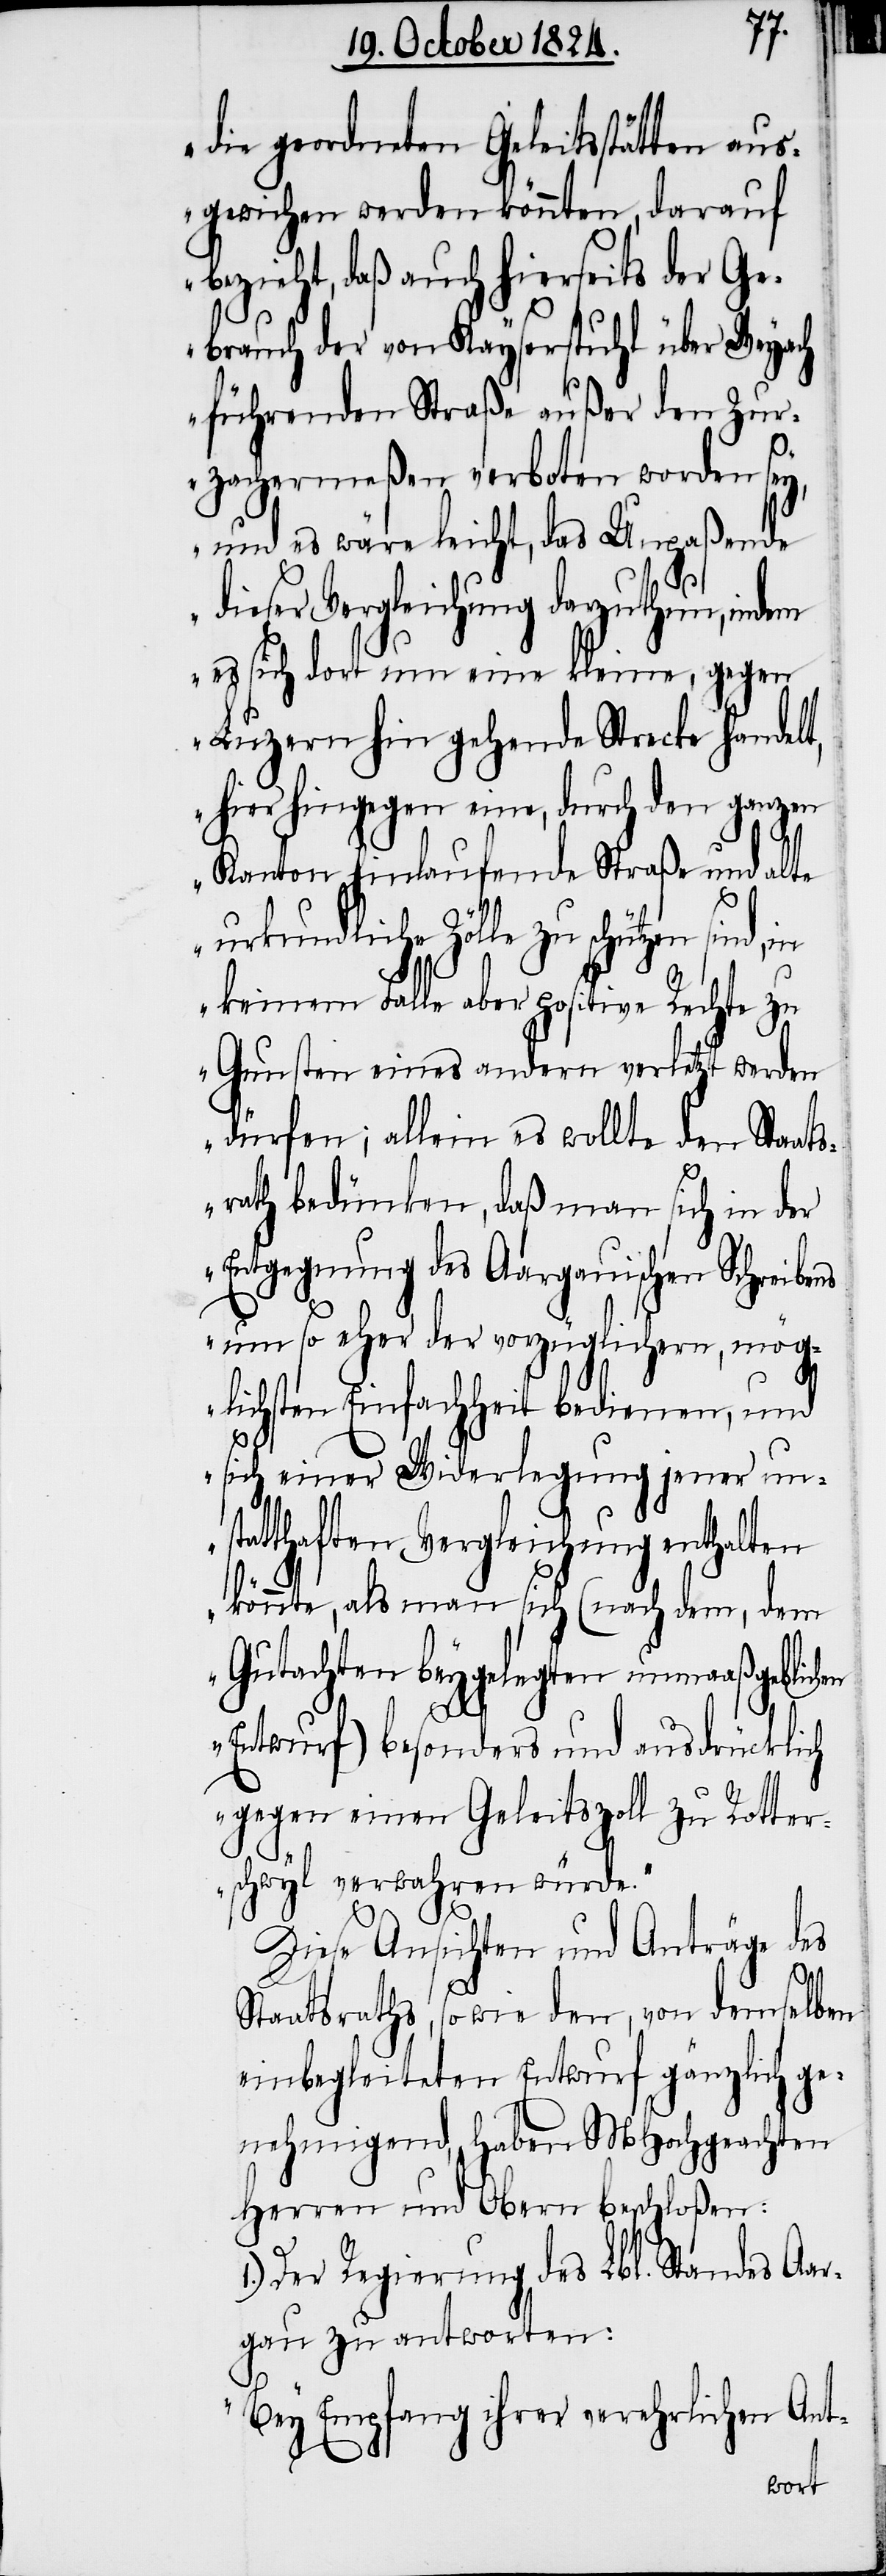
die geordneten Geleitsstätten aus¬
gewichen werden könnten, darauf
bezieht, daß auch hierseits der Ge¬
brauch der von Kayserstuhl über Weyach
führenden Straße außer den Zur¬
zachermeßen verboten worden sey,
und es wäre leicht, das Unpaßende
dieser Vergleichung darzuthun, indem
es sich dort um eine kleine, gegen
Luzern hin gehende Strecke handelt,
hier hingegen eine, durch den ganzen
Kanton hinlaufende Straße und alte
zu schützen sind, in
keinem Falle aber positive Rechte zu
Gunsten eines andern verletzt werden
dürfen; allein es wollte den Staats¬
rath bedünken, daß man sich in der
Entgegnung des Aargauischen Schreibens
um so eher der vorzüglichern, mög¬
lichsten Einfachheit bedienen, und
sich einer Widerlegung jener un¬
statthaften Vergleichung enthalten
könnte, als man sich (nach dem, dem
Gutachten beygelegten unmaaßgeblich¬
Entwurf) besonders und ausdrücklich
gegen einen Geleitszoll zu Rotter¬
schwyl verwahren würde.“
1.)
Diese Ansichten und Anträge des
Staatsraths, so wie den, von demselben
einbegleiteten Entwurf gänzlich ge¬
nehmigend, haben MHochgeachten
Herren und Obern beschloßen:
Der Regierung des Lbl. Standes Aar¬
gau zu antworten:
„Bey Empfang ihrer verehrlichen Ant-